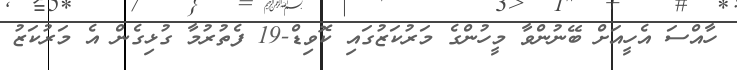
ހާއްސަ އެހީއަށް ބޭނުންވާ މީހުންގެ މަރުކަޒުގައި ކޮވިޑް-19 ފެތުރުމާ ގުޅިގެން އެ މަރުކަޒު